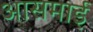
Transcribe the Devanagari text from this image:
आसमाई